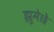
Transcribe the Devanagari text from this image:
झुमेछे